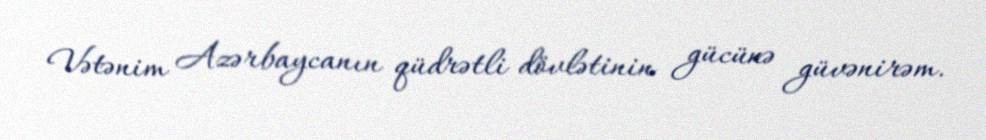
Vətənim Azərbaycanın qüdrətli dövlətinin gücünə güvənirəm.